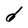
Character: d